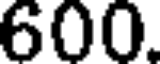
600.